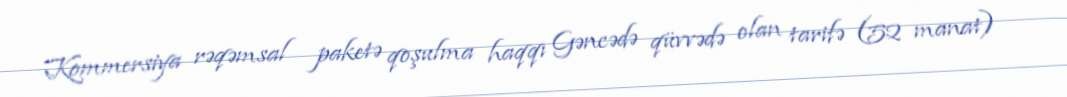
Kommersiya rəqəmsal paketə qoşulma haqqı Gəncədə qüvvədə olan tarifə (52 manat)